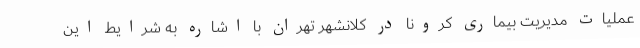
عملیات مدیریت بیماری کرونا در کلانشهر تهران با اشاره به شرایط این